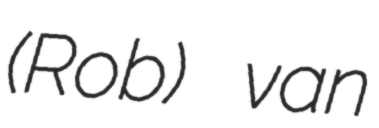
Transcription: (Rob) van